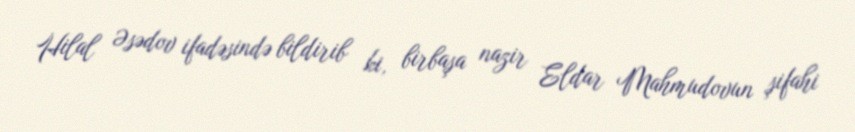
Hilal Əsədov ifadəsində bildirib ki, birbaşa nazir Eldar Mahmudovun şifahi